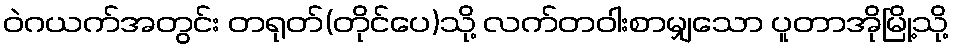
ဝဲဂယက်အတွင်း တရုတ်(တိုင်ပေ)သို့ လက်တဝါးစာမျှသော ပူတာအိုမြို့သို့